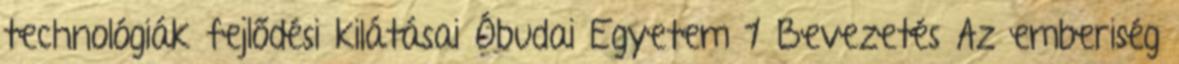
technológiák fejlődési kilátásai Óbudai Egyetem 1 Bevezetés Az emberiség